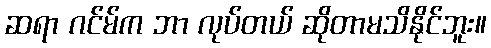
ဆရာ ဂင်မ်က ဘာ လုပ်တယ် ဆိုတာမသိနိုင်ဘူး။